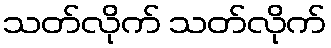
သတ်လိုက် သတ်လိုက်